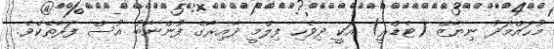
މުޙައްމަދު ނިޔާޒް (ޓެޑްރީ) އަކީ ދިވެހި ފިލްމީ ދާއިރާގެ ފުންނާބު އުސް ފަރާތެކެވެ.